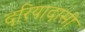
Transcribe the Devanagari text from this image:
दरियादासी